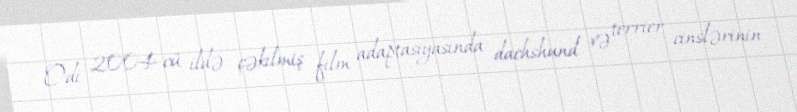
Odi 2004-cü ildə çəkilmiş film adaptasiyasında dachshund və terrier cinslərinin